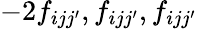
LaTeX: -2f_{ijj^{\prime}},f_{ijj^{\prime}},f_{ijj^{\prime}}